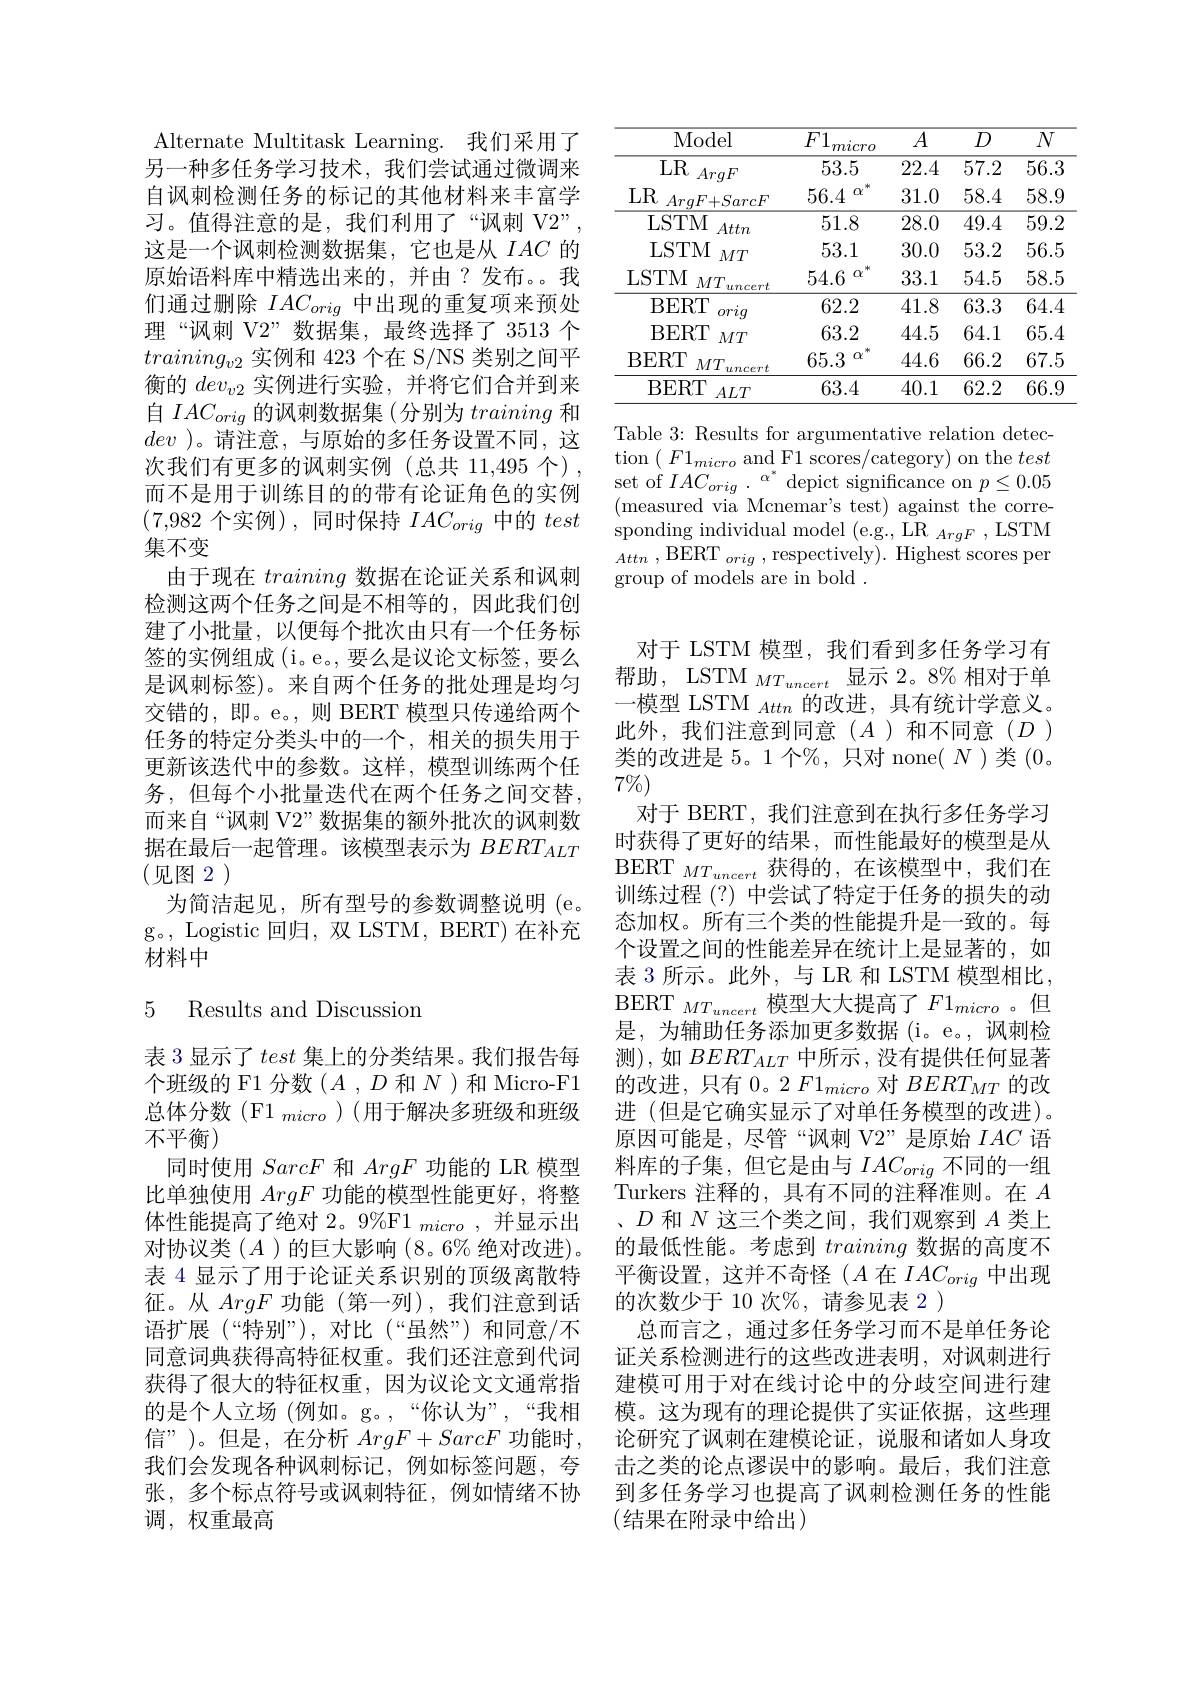
Alternate Multitask Learning. 我们采用了另一种多任务学习技术，我们尝试通过微调来自讽刺检测任务的标记的其他材料来丰富学习。值得注意的是，我们利用了“讽刺 V2”, 这是一个讽刺检测数据集，它也是从$IAC$的原始语料库中精选出来的，并由？发布。。我们通过删除$IAC_{orig}$中出现的重复项来预处理“讽刺 V2”数据集，最终选择了 3513 个$training_{v2}$实例和 423 个在 S/NS 类别之间平衡的$dev_{v2}$实例进行实验，并将它们合并到来自$IAC_orig$的讽刺数据集 (分别为training和dev )。请注意，与原始的多任务设置不同，这次我们有更多的讽刺实例(总共 11,495 个) , 而不是用于训练目的的带有论证角色的实例(7,982个实例),同时保持$IAC_orig$中的test 集不变
由于现在training数据在论证关系和讽刺检测这两个任务之间是不相等的，因此我们创建了小批量，以便每个批次由只有一个任务标签的实例组成 (i。e。, 要么是议论文标签，要么是讽刺标签)。来自两个任务的批处理是均匀交错的，即。e。,则 BERT 模型只传递给两个任务的特定分类头中的一个，相关的损失用于更新该迭代中的参数。这样，模型训练两个任务，但每个小批量迭代在两个任务之间交替， 而来自“讽刺 V2”数据集的额外批次的讽刺数据在最后一起管理。该模型表示为$BERT_{ALT}$ (见图2)
为简洁起见，所有型号的参数调整说明(e。g。, Logistic 回归，双 LSTM, BERT) 在补充材料中

### 5 Results and Discussior

表 3 显示了test集上的分类结果。我们报告每个班级的 F1 分数($A$ ,$D$和$N$ )和 Micro-F1总体分数(F1 $_micro)($用于解决多班级和班级不平衡)
同时使用SarcF和ArgF功能的 LR 模型比单独使用ArgF功能的模型性能更好，将整体性能提高了绝对 2。9%F1 micro ,并显示出对协议类$(A$ )的巨大影响 (8。6% 绝对改进)。表 4 显示了用于论证关系识别的顶级离散特征。从ArgF功能(第一列),我们注意到话语扩展(“特别”),对比(“虽然”)和同意/不同意词典获得高特征权重。我们还注意到代词获得了很大的特征权重，因为议论文文通常指的是个人立场 (例如。g。,“你认为”,“我相信”)。但是，在分析 $ArgF+SarcF$ 功能时， 我们会发现各种讽刺标记，例如标签问题，夸张，多个标点符号或讽刺特征，例如情绪不协调，权重最高

<table>
	<tbody>
		<tr>
			<th>Model</th>
			<th>$F1$ micro</th>
			<th>$A$</th>
			<th>$D$</th>
			<th>$\overline{N}$</th>
		</tr>
		<tr>
			<td>LR ArqF</td>
			<td>53.5</td>
			<td>22.4</td>
			<td>57.2</td>
			<td>$\overline{56.3}$</td>
		</tr>
		<tr>
			<td>LR , $ArqF+ SarcF$</td>
			<td>56.4 $\alpha$</td>
			<td>31.0</td>
			<td>58.4</td>
			<td>58.9</td>
		</tr>
		<tr>
			<td>LSTM Attn</td>
			<td>51.8</td>
			<td>28.0</td>
			<td>49.4</td>
			<td>$\overline{59.2}$</td>
		</tr>
		<tr>
			<td>LSTM $MT$</td>
			<td>53.1</td>
			<td>30.0</td>
			<td>53.2</td>
			<td>56.5</td>
		</tr>
		<tr>
			<td>LSTM $MT$ uncert</td>
			<td>54.6 $\boldsymbol{\alpha}$</td>
			<td>33.1</td>
			<td>54.5</td>
			<td>58.5</td>
		</tr>
		<tr>
			<td>BERT orig $\therefore\angle AB=\angle AB$</td>
			<td>62.2</td>
			<td>41.8</td>
			<td>63.3</td>
			<td>64.4</td>
		</tr>
		<tr>
			<td>BERT $MT$</td>
			<td>63.2</td>
			<td>44.5</td>
			<td>64.1</td>
			<td>65.4</td>
		</tr>
		<tr>
			<td>BERT $MT.$ uncert</td>
			<td>65.3 0</td>
			<td>44.6</td>
			<td>66.2</td>
			<td>67.5</td>
		</tr>
		<tr>
			<td>BERT $ALT$</td>
			<td>63.4</td>
			<td>40.1</td>
			<td>62.2</td>
			<td>66.9</td>
		</tr>
	</tbody>
</table>

Table 3: Results for argumentative relation detec- $\operatorname{tion}\left(\begin{array}{c}{F1_{micro}\mathrm{~and~F1~scores/category)~on~the~}test}\\\end{array}\right)$ set of $IAC_orig$ $. {}^{\alpha ^{* }}$ depict significance on $p\leq0.05$ (measured via Mcnemar's test) against the corre- $\operatorname*{sponding}_{\mathrm{DEDT}}$individual$\operatorname*{model}_{\mathrm{PEDT}}_{\mathrm{PEDT}}$ Attn , $\mathrm{BERT}_{orig}$ , respectively). Highest scores pen group of models are in bold .

对于 LSTM 模型，我们看到多任务学习有帮助，LSTM $_{MT_{uncert}}$显示 2。8%相对于单一模型 LSTM $_Attn$的改进，具有统计学意义此外，我们注意到同意($A$)和不同意($D$) 类的改进是 5。1 个%,只对 none( $N$)类(0。$7\%)$
对于 BERT, 我们注意到在执行多任务学习时获得了更好的结果，而性能最好的模型是从BERT $_{MT_{uncert}}$获得的，在该模型中，我们在训练过程 (?) 中尝试了特定于任务的损失的动态加权。所有三个类的性能提升是一致的。每个设置之间的性能差异在统计上是显著的，如表 3 所示。此外，与 LR 和 LSTM 模型相比， $\mathrm{BERT}_{MT_{uncert}}$ 模型大大提高了$F1_micro$。但是，为辅助任务添加更多数据(i。e。,讽刺检测),如$BERT_{ALT}$中所示 ,没有提供任何显著的改进，只有 0。2 $F1_{micro}$对$BERT_{MT}$的改进 (但是它确实显示了对单任务模型的改进)。原因可能是，尽管“讽刺 V2”是原始$IAC$语料库的子集，但它是由与$IAC_orig$不同的一组Turkers 注释的，具有不同的注释准则。在$A$ 、$D$和$N$这三个类之间，我们观察到$A$类上的最低性能。考虑到training数据的高度不平衡设置，这并不奇怪($A$在$IAC_orig$中出现的次数少于 10 次$\%$, 请参见表 2 )
总而言之，通过多任务学习而不是单任务论证关系检测进行的这些改进表明，对讽刺进行建模可用于对在线讨论中的分歧空间进行建模。这为现有的理论提供了实证依据，这些理论研究了讽刺在建模论证，说服和诸如人身攻击之类的论点谬误中的影响。最后，我们注意到多任务学习也提高了讽刺检测任务的性能(结果在附录中给出)